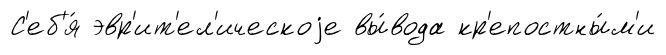
С'еб'я́ эвр'ит'ел'ическоjе вы́вода кр'епостны́м'и